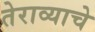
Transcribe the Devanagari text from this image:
तेराव्याचे